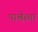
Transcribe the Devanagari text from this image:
पार्श्वस्था